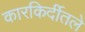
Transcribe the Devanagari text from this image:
कारकिर्दीतले